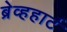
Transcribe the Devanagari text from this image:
ब्रेव्हहार्ट